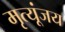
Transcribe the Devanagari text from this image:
मृत्यूंजय